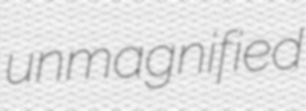
unmagnified